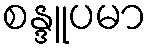
စန္ဒူပမာ